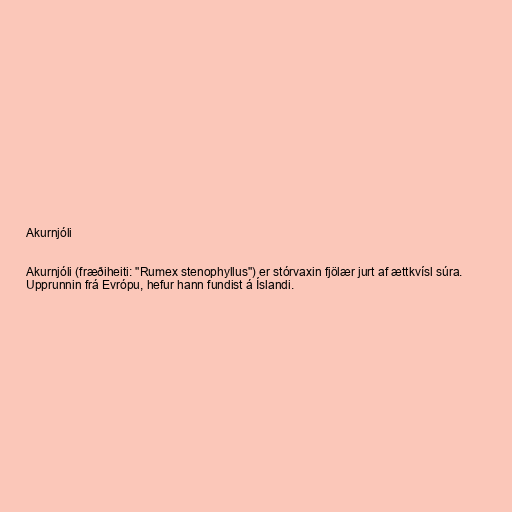
Akurnjóli

Akurnjóli (fræðiheiti: "Rumex stenophyllus") er stórvaxin fjölær jurt af ættkvísl súra.
Upprunnin frá Evrópu, hefur hann fundist á Íslandi.